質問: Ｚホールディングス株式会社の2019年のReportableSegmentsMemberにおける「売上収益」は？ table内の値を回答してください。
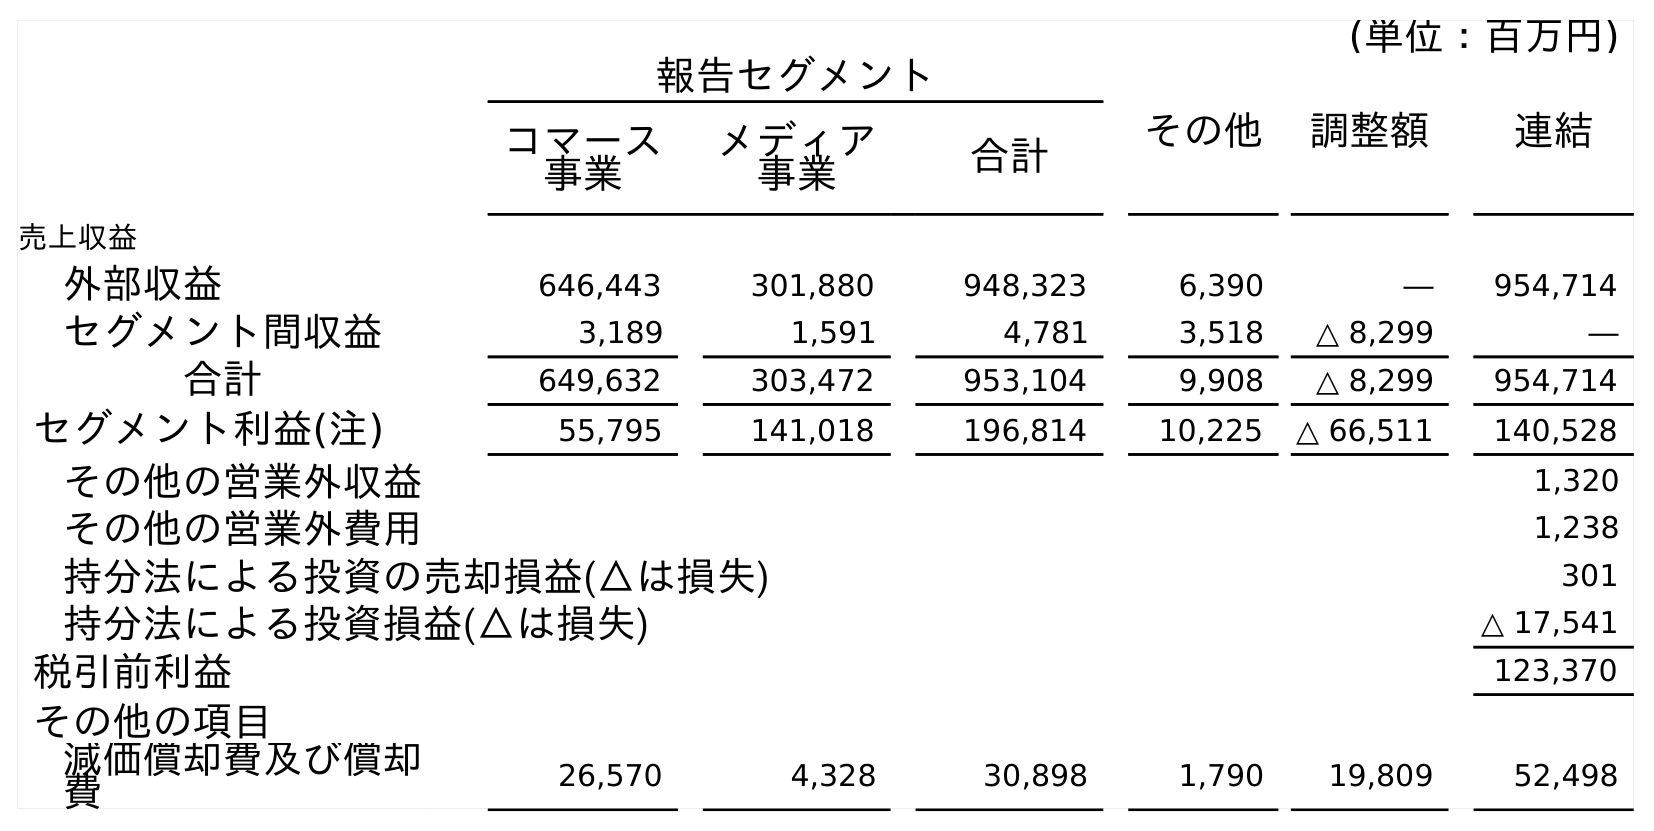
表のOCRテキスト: (単位：百万円) 報告セグメント その他 調整額 連結 コマース 事業 メディア 事業 合計 売上収益 外部収益 646,443 301,880 948,323 6,390 ― 954,714 セグメント間収益 3,189 1,591 4,781 3,518 △ 8,299 ― 合計 649,632 303,472 953,104 9,908 △ 8,299 954,714 セグメント利益(注) 55,795 141,018 196,814 10,225 △ 66,511 140,528 その他の営業外収益 1,320 その他の営業外費用 1,238 持分法による投資の売却損益(△は損失) 301 持分法による投資損益(△は損失) △ 17,541 税引前利益 123,370 その他の項目 減価償却費及び償却 費 26,570 4,328 30,898 1,790 19,809 52,498
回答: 953,104